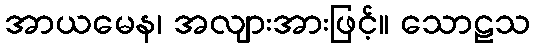
အာယမေန၊ အလျားအားဖြင့်။ သောဠသ